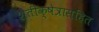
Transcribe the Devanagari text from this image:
शेतीक्षेत्रासहित